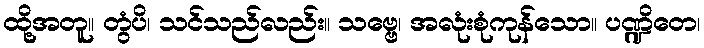
ထို့အတူ။ တွံပိ၊ သင်သည်လည်း။ သဗ္ဗေ၊ အလုံးစုံကုန်သော။ ပဏ္ဍိတေ၊